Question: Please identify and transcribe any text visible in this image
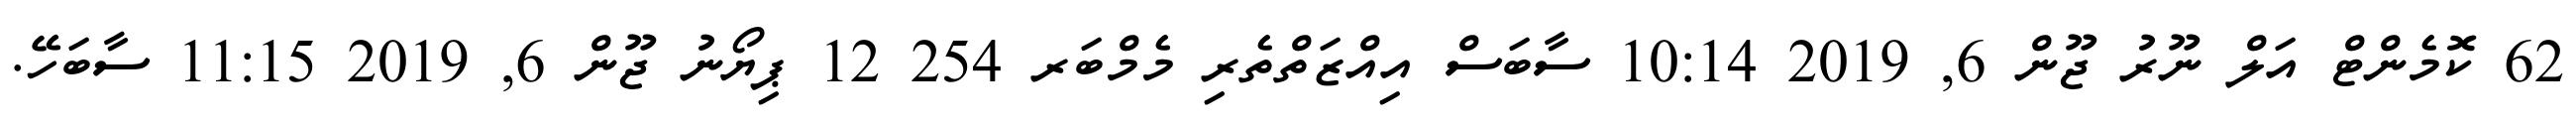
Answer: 62 ކޮމެންޓް އަލް ނޫރު ޖޫން 6, 2019 10:14 ސާބަސް އިއްޒަތްތެރި މެމްބަރ 254 12 ޕިޔޯނު ޖޫން 6, 2019 11:15 ސާބަހޭ.